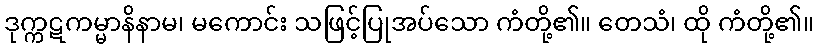
ဒုက္ကဋကမ္မာနိနာမ၊ မကောင်း သဖြင့်ပြုအပ်သော ကံတို့၏။ တေသံ၊ ထို ကံတို့၏။